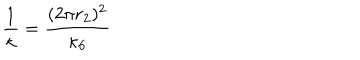
LaTeX: \frac { 1 } { \kappa } = \frac { ( 2 \pi r _ { 2 } ) ^ { 2 } } { \kappa _ { 6 } }